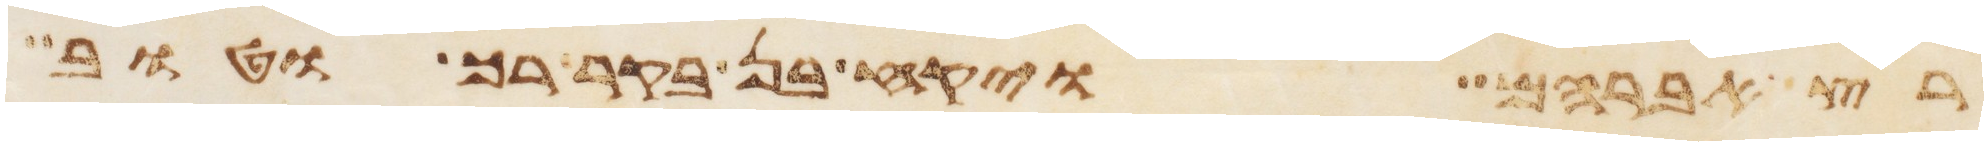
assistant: רץ אברהם ויקח בן בקר רך וטוב